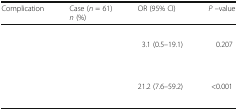
<table><thead><tr><td><b>Complication</b></td><td><b>Case (<i>n</i> = 61)<i>n</i> (%)</b></td><td><b>OR (95% CI)</b></td><td><b><i>P</i> –value</b></td></tr></thead><tbody><tr><td colspan="4">[EMPTY_CELL]</td></tr><tr><td>[EMPTY_CELL]</td><td>[EMPTY_CELL]</td><td rowspan="2">3.1 (0.5–19.1)</td><td rowspan="2">0.207</td></tr><tr><td>[EMPTY_CELL]</td><td>[EMPTY_CELL]</td></tr><tr><td colspan="4">[EMPTY_CELL]</td></tr><tr><td>[EMPTY_CELL]</td><td>[EMPTY_CELL]</td><td rowspan="2">21.2 (7.6–59.2)</td><td rowspan="2">&lt;0.001</td></tr><tr><td>[EMPTY_CELL]</td><td>[EMPTY_CELL]</td></tr></tbody></table>